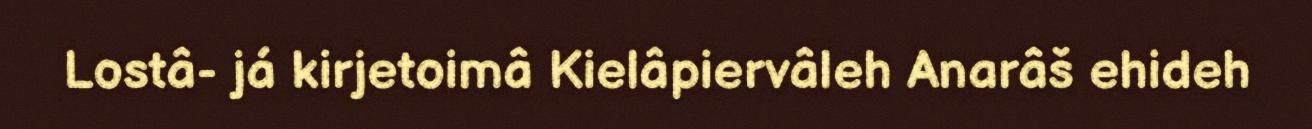
Lostâ- já kirjetoimâ Kielâpiervâleh Anarâš ehideh